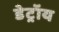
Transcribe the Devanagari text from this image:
डेट्रॉय